Leaving Certificate Examination, 1915
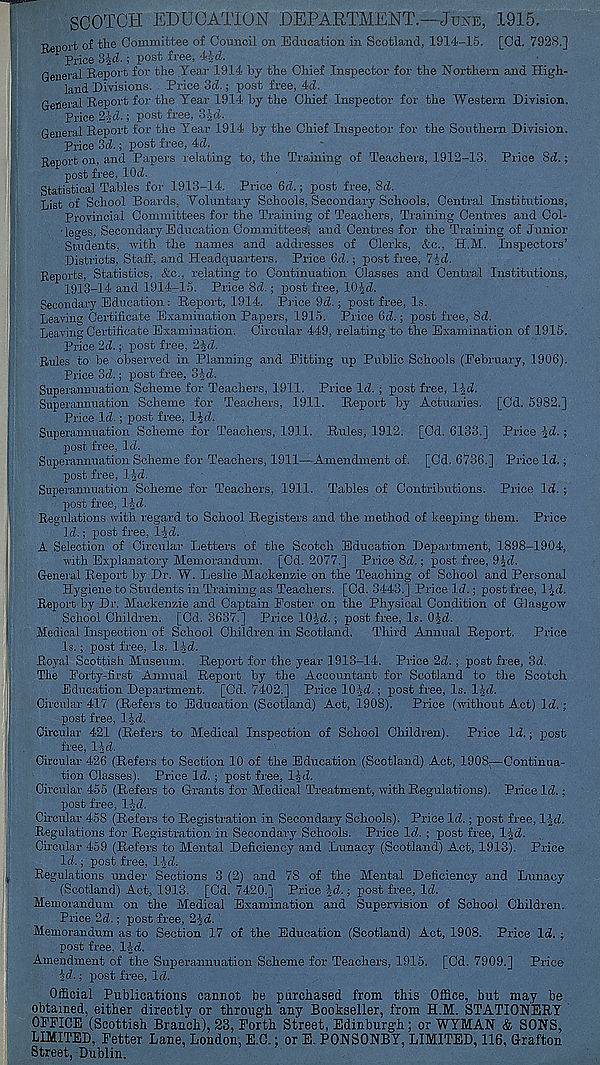
SCOTCH EDUCATION DEPARTMENT.—Juse, 1915.
■ ReDort th® Oomraittee of Council on Education in Scotland, 1914-15. [Cd. 7928.]
P Price 3|d.; post free, 4\d.
General Report for the Tear 1914 by the Chief Inspector for the Northern and High-
land Divisions. Price 3d.; post free, 4d.
General Report for the Tear 1914 by the Chief Inspector for the Western Division.
Price 2id.; post free, 3id.
General Report for the Tear 1914 by the Chief Inspector for the Southern Division.
Price 3d.; post free, 4d.
Report on, and Papers relating to, the Training of Teachers, 1912-13. Price 8d.;
post free, lOd.
Statistical Tables for 1913-14. Price 6d.; post free, 8d.
List of School Boards, Toluntary Schools, Secondary Schools, Central Institutions,
Provincial Committees for the Training of Teachers, Training Centres and Col-
leges, Secondary Education Committees; and Centres for the Training of Junior
Students, with the names and addresses of Clerks, &c., H.M. Inspectors’
Districts, Staff, and Headquarters. Price 6d.; post free, 7-id.
Reports, Statistics, &c., relating to Continuation Classes and Central Institutions,
1913-14 and 1914-15. Price 8d.; post free, lOJd.
Secondary Education: Report, 1914. Price 9d.; post free, Is.
Leaving Certificate Examination Papers, 1915. Price fid.; post free, 8d.
Leaving Certificate Examination. Circular 449, relating to the Examination of 1915.
Price 2d.; post free, 24d.
Rules to be observed in Planning and Pitting up Public Schools (February, 1906).
Price 3d.; post free, 3i)d.
Superannuation Scheme for Teachers, 1911. Price Id. ; post free, l^d.
Superannuation Scheme for Teachers, 1911. Report by Actuaries. [Cd. 5982.]
Price Id.; post free, l^d.
Superannuation Scheme for Teachers, 1911. Rules, 1912. [Od. 6133.] Price id.;
post free. Id.
Superannuation Scheme for Teachers, 1911—Amendment of. [Cd. 6736.] Price Id.;
post free, IJd.
Superannuation Scheme for Teachers, 1911. Tables of Contributions. Price Id. ;
post free, l-|d.
Regulations with regard to School Registers and the method of keeping them. Price
Id.; post free, l^d.
A Selection of Circular Letters of the Scotch Education Department, 1898-1904,
with Explanatory Memorandum. [Cd. 2077.] Price 8d.; post free, 9£d.
General Report by Dr. W. Leslie Mackenzie on the Teaching of School and Personal
Hygiene to Students in Training as Teachers. [Cd. 3443.] Price Id.; post free, 1 (,d.
Report by Dr. Mackenzie and Captain Foster on the Physical Condition of Glasgow
School Children. [Cd. 3637.] Price lO^d.; post free, Is. OJd.
Medical Inspection of School Children in Scotland. Third Annual Report. Price
Is.; post free, Is. lid.
Royal Scottish Museum. Report for the year 1913-14. Price 2d. ; post free, 3d.
The Forty-first Annual Report by the Accountant for Scotland to the Scotch
Education Department. [Cd. 7402.] Price 101d.; post free. Is. lid.
Circular 417 (Refers to Education (Scotland) Act, 1908). Price (without Act) Id. ;
post free, lid.
Circular 421 (Refers to Medical Inspection of School Children). Price Id.; post
free, lid.
Circular 426 (Refers to Section 10 of the Education (Scotland) Act, 1908;—Continua-
tion Classes). Price Id. ; post free, lid.
Circular 455 (Refers to Grants for Medical Treatment, with Regulations). Price Id.;
post free, lid.
Circular 458 (Refers to Registration in Secondary Schools). Price Id.; post free, lid.
Regulations for Registration in Secondary Schools. Price Id. ; post free, lid.
Circular 459 (Refers to Mental Deficiency and Lunacy (Scotland) Act, 1913). Price
Id.; post free, lid.
Regulations under Sections 3 (2) and 78 of the Mental Deficiency and Lunacy
(Scotland) Act, 1913. [Cd. 7420.] Price Id.; post free, Id.
Memorandum on the Medical Examination and Supervision of School Children.
Price 2d.; post free, 21d.
Memorandum as to Section 17 of the Education (Scotland) Act, 1908. Price Id. ;
post free, lid.
Amendment of the Superannuation Scheme for Teachers, 1915. [Cd. 7909.] Price
Id.; post free, Id.
Official Publications cannot be purchased from this Office, but may be
obtained, either directly or through any Bookseller, from H.M. STATIONERT
OFFICE (Scottish Branch), 23, Forth Street, Edinburgh; or WYMAN & SONS,
LIMITED, Fetter Lane, London, E.C.; or E. PONSONBY, LIMITED, 116, Grafton
Street, Dublin.